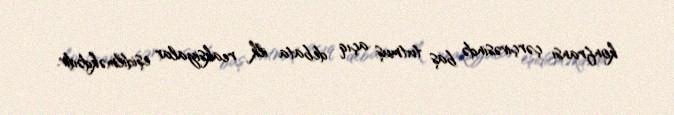
konfransı çərçivəsində baş tutmuş açıq debata ilk reaksiyalar eşidilməkdədir.